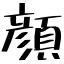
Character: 顔